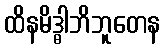
ထိနမိဒ္ဓါဘိဘူတေန